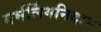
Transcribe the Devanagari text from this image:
गर्भलिंगनिदान